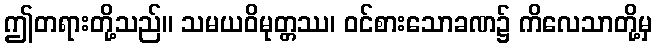
ဤတရားတို့သည်။ သမယဝိမုတ္တဿ၊ ဝင်စားသောခဏ၌ ကိလေသာတို့မှ